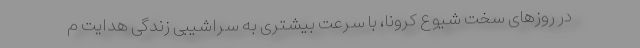
در روزهای سخت شیوع کرونا، با سرعت بیشتری به سراشیبی زندگی هدایت م